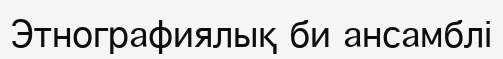
Этнографиялық би ансамблі